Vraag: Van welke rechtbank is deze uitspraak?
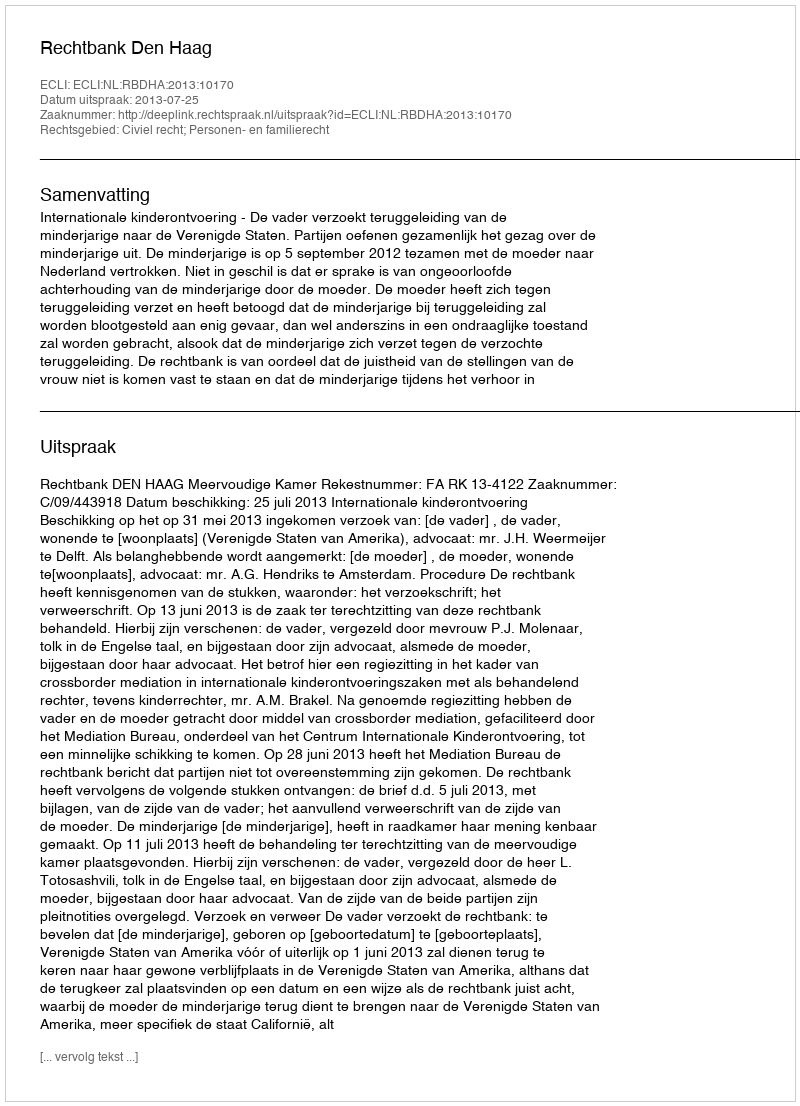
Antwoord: Rechtbank Den Haag